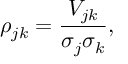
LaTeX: \rho _ { j k } = { \frac { V _ { j k } } { \sigma _ { j } \sigma _ { k } } } ,